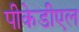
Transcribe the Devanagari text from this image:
पीकेडीएल